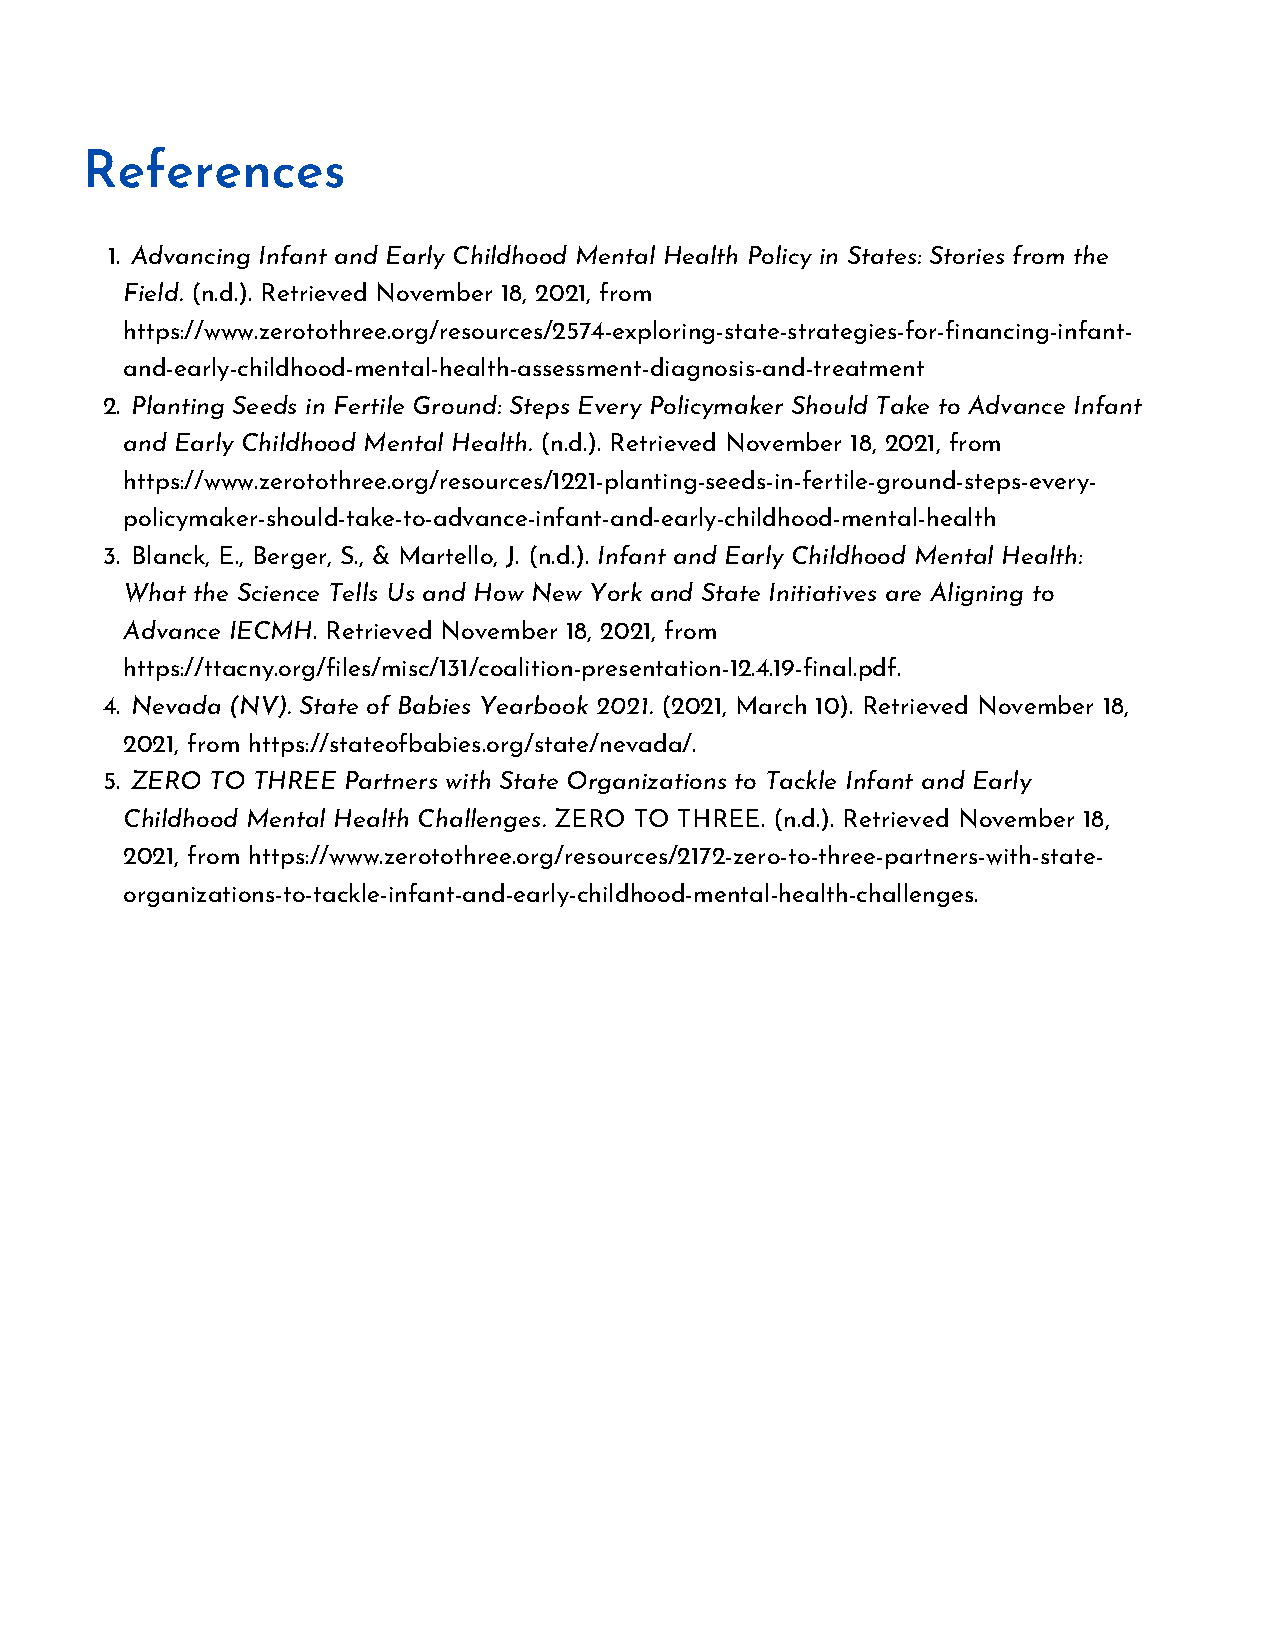
References
 1. Advancing Infant and Early Childhood Mental Health Policy in States: Stories from the
 Field. (n.d.). Retrieved November 18, 2021, from
 https://www.zerotothree.org/resources/2574-exploring-state-strategies-for-financing-infant-
 and-early-childhood-mental-health-assessment-diagnosis-and-treatment
 2. Planting Seeds in Fertile Ground: Steps Every Policymaker Should Take to Advance Infant
 and Early Childhood Mental Health. (n.d.). Retrieved November 18, 2021, from
 https://www.zerotothree.org/resources/1221-planting-seeds-in-fertile-ground-steps-every-
 policymaker-should-take-to-advance-infant-and-early-childhood-mental-health
 3. Blanck, E., Berger, S., & Martello, J. (n.d.). Infant and Early Childhood Mental Health:
 What the Science Tells Us and How New York and State Initiatives are Aligning to
 Advance IECMH. Retrieved November 18, 2021, from
 https://ttacny.org/files/misc/131/coalition-presentation-12.4.19-final.pdf.
 4. Nevada (NV). State of Babies Yearbook 2021. (2021, March 10). Retrieved November 18,
 2021, from https://stateofbabies.org/state/nevada/.
 5. ZERO TO THREE Partners with State Organizations to Tackle Infant and Early
 Childhood Mental Health Challenges. ZERO TO THREE. (n.d.). Retrieved November 18,
 2021, from https://www.zerotothree.org/resources/2172-zero-to-three-partners-with-state-
 organizations-to-tackle-infant-and-early-childhood-mental-health-challenges.